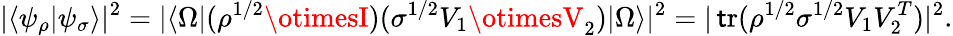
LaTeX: |\langle\psi_{\rho}|\psi_{\sigma}\rangle|^{2}=|\langle\Omega|(\rho^{{1}/{2}}\otimesI)(\sigma^{{1}/{2}}V_{1}\otimesV_{2})|\Omega\rangle|^{2}=|\operatorname{\mathsf{t}r}(\rho^{{1}/{2}}\sigma^{{1}/{2}}V_{1}V_{2}^{T})|^{2}.